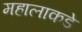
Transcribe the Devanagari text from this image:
महालाकडे